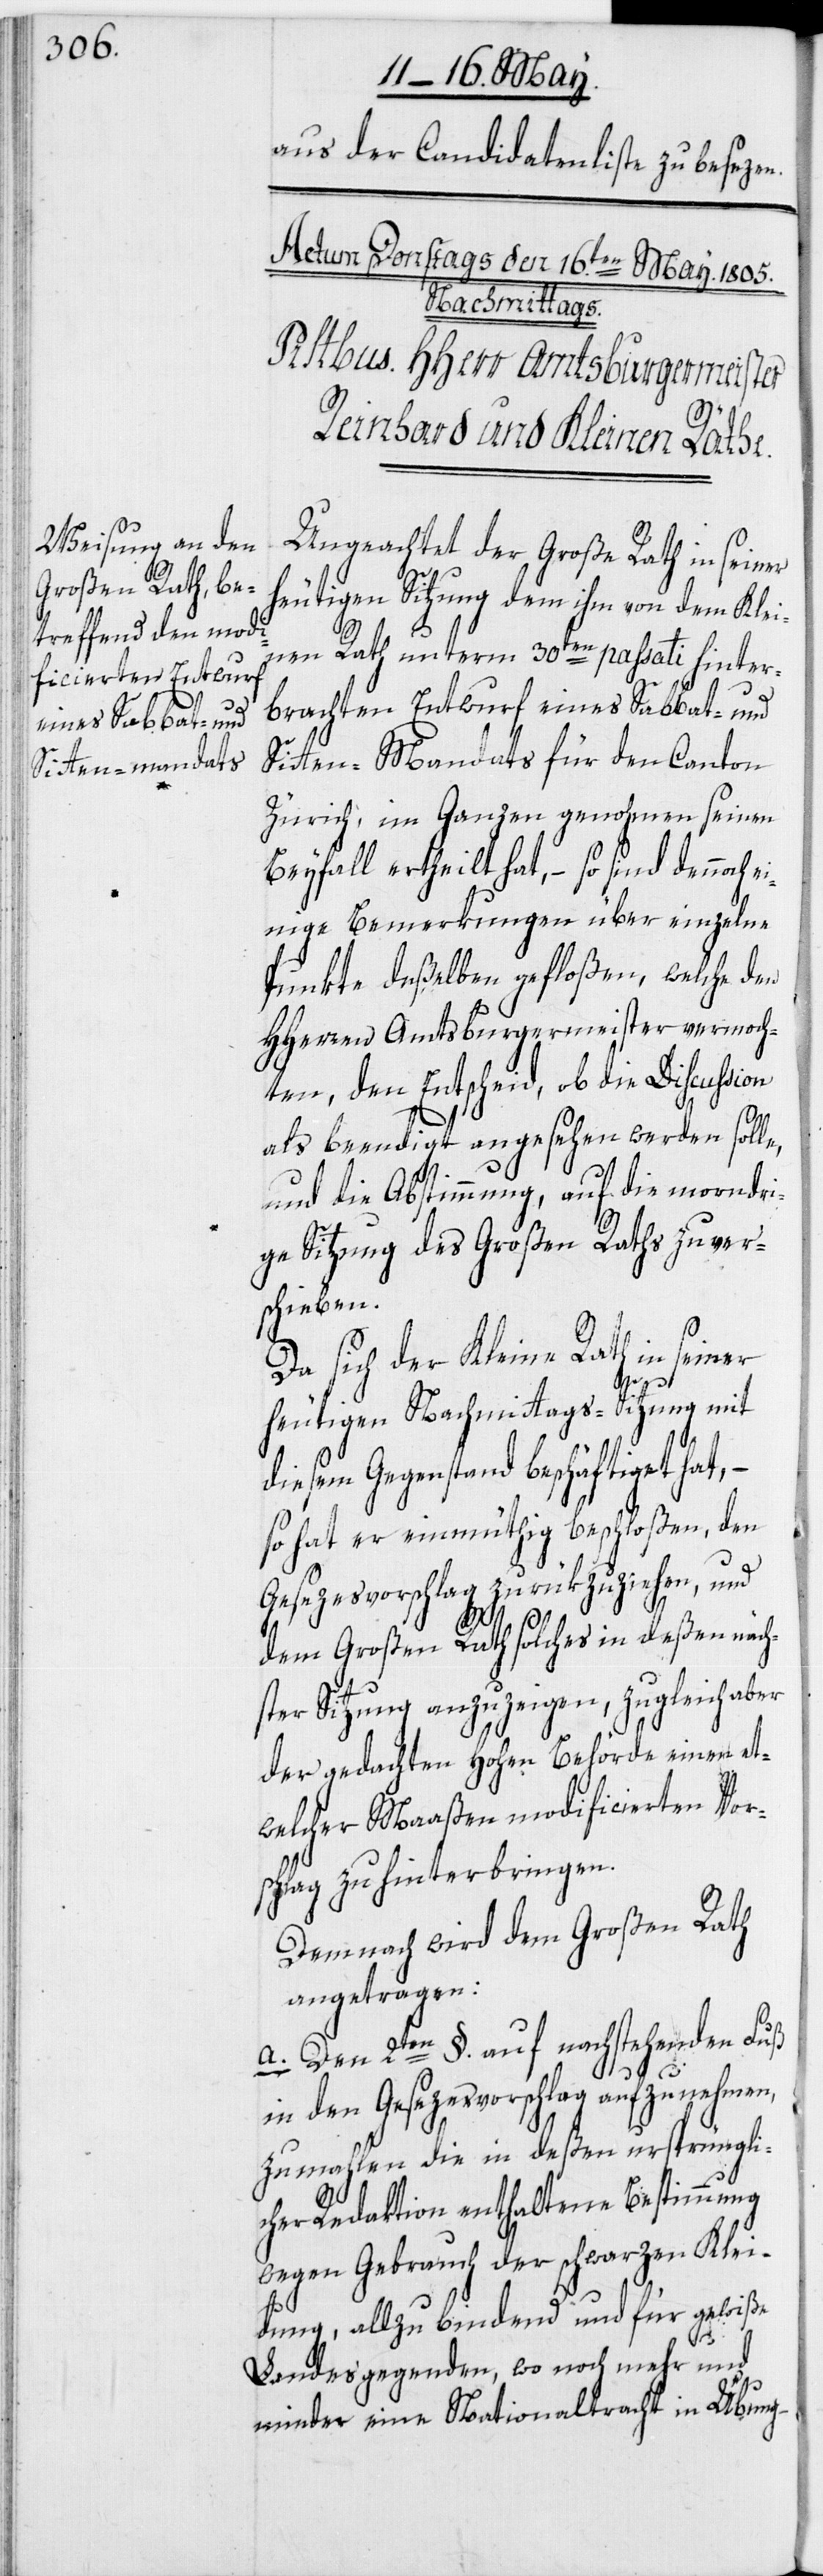
aus der Candidatenliste zu besezen.
Ungeachtet der Große Rath in seiner
heutigen Sitzung dem ihm von dem Klei¬
nen Rath unterm 30ten passati hinter¬
brachten Entwurf eines Sabbat- und
Sitten-Mandats für den Canton
Zürich, im Ganzen genohmen seinen
Beyfall ertheilt hat, – so sind dennoch e¬
inige Bemerkungen über einzelne
Punkte deßelben gefloßen, welche den
HHerren Amtsburgermeister vermoch¬
ten, den Entscheid, ob die Discussion
als beendigt angesehen werden solle,
und die Abstimmung, auf die morndri¬
ge Sitzung des Großen Raths zu ver¬
schieben.
Da sich der Kleine Rath in seiner
heutigen Nachmittags-Sitzung mit
diesem Gegenstand beschäftiget hat, –
so hat er einmüthig beschloßen, den
Gesezesvorschlag zurükzuziehen, und
dem Großen Rath solches in deßen näch¬
ster Sitzung anzuzeigen, zugleich aber
der gedachten Hohen Behörde einen et¬
welcher Maaßen modificierten Vors¬
chlag zu hinterbringen.
Demnach wird dem Großen Rath
angetragen:
a. Den 2ten §. auf nachstehenden Fuß
in den Gesezesvorschlag aufzunehmen,
zumahlen die in deßen ursprüngli¬
cher Redaktion enthaltene Bestimmung
wegen Gebrauch der schwarzen Klei¬
dung, allzu bindend und für gewiße
Landesgegenden, wo noch mehr und
minder eine Nationaltracht in Übung